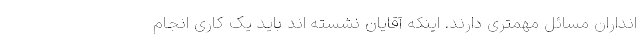
انداران مسائل مهمتری دارند. اینکه آقایان نشسته اند باید یک کاری انجام